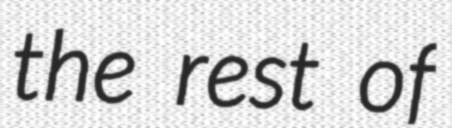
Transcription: the rest of